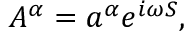
A ^ { \alpha } = a ^ { \alpha } e ^ { i \omega { \cal S } } ,